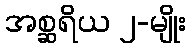
အစ္ဆရိယ ၂-မျိုး